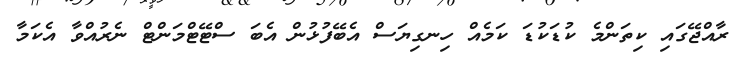
ރާއްޖޭގައި ކިތަންމެ ކުޑަކުޑަ ކަމެއް ހިނގިޔަސް އެބޭފުޅުން އެބަ ސްޓޭޓްމަންޓް ނެރުއްވާ އެކަމާ